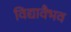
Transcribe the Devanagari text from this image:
विद्यावैभव